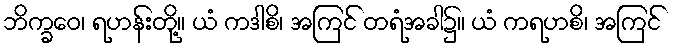
ဘိက္ခဝေ၊ ရဟန်းတို့။ ယံ ကဒါစိ၊ အကြင် တရံအခါ၌။ ယံ ကရဟစိ၊ အကြင်